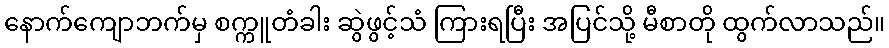
နောက်ကျောဘက်မှ စက္ကူတံခါး ဆွဲဖွင့်သံ ကြားရပြီး အပြင်သို့ မီစာတို ထွက်လာသည်။